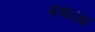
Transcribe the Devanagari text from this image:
मथळा